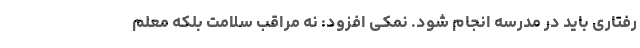
رفتاری باید در مدرسه انجام شود. نمکی افزود: نه مراقب سلامت بلکه معلم